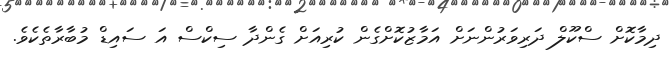
ދިމާކޮށް ސްކޫލް ދަރިވަރުންނަށް އަމާޒުކޮށްގެން ކުރިއަށް ގެންދާ ސިކްސް އަ ސައިޑް މުބާރާތެކެވެ.